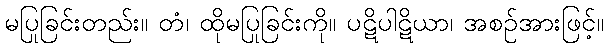
မပြုခြင်းတည်း။ တံ၊ ထိုမပြုခြင်းကို။ ပဋိပါဋိယာ၊ အစဉ်အားဖြင့်။